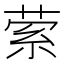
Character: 萦